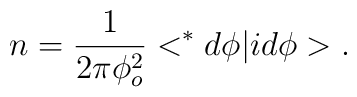
n=\frac{1}{2\pi \phi_o^2} <^*d\phi |id\phi >.